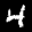
Label: 4